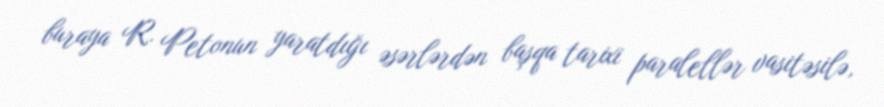
buraya R. Petonun yaratdığı əsərlərdən başqa tarixi paralellər vasitəsilə,